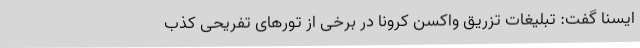
ایسنا گفت: تبلیغات تزریق واکسن کرونا در برخی از تورهای تفریحی کذب